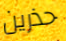
حذرين